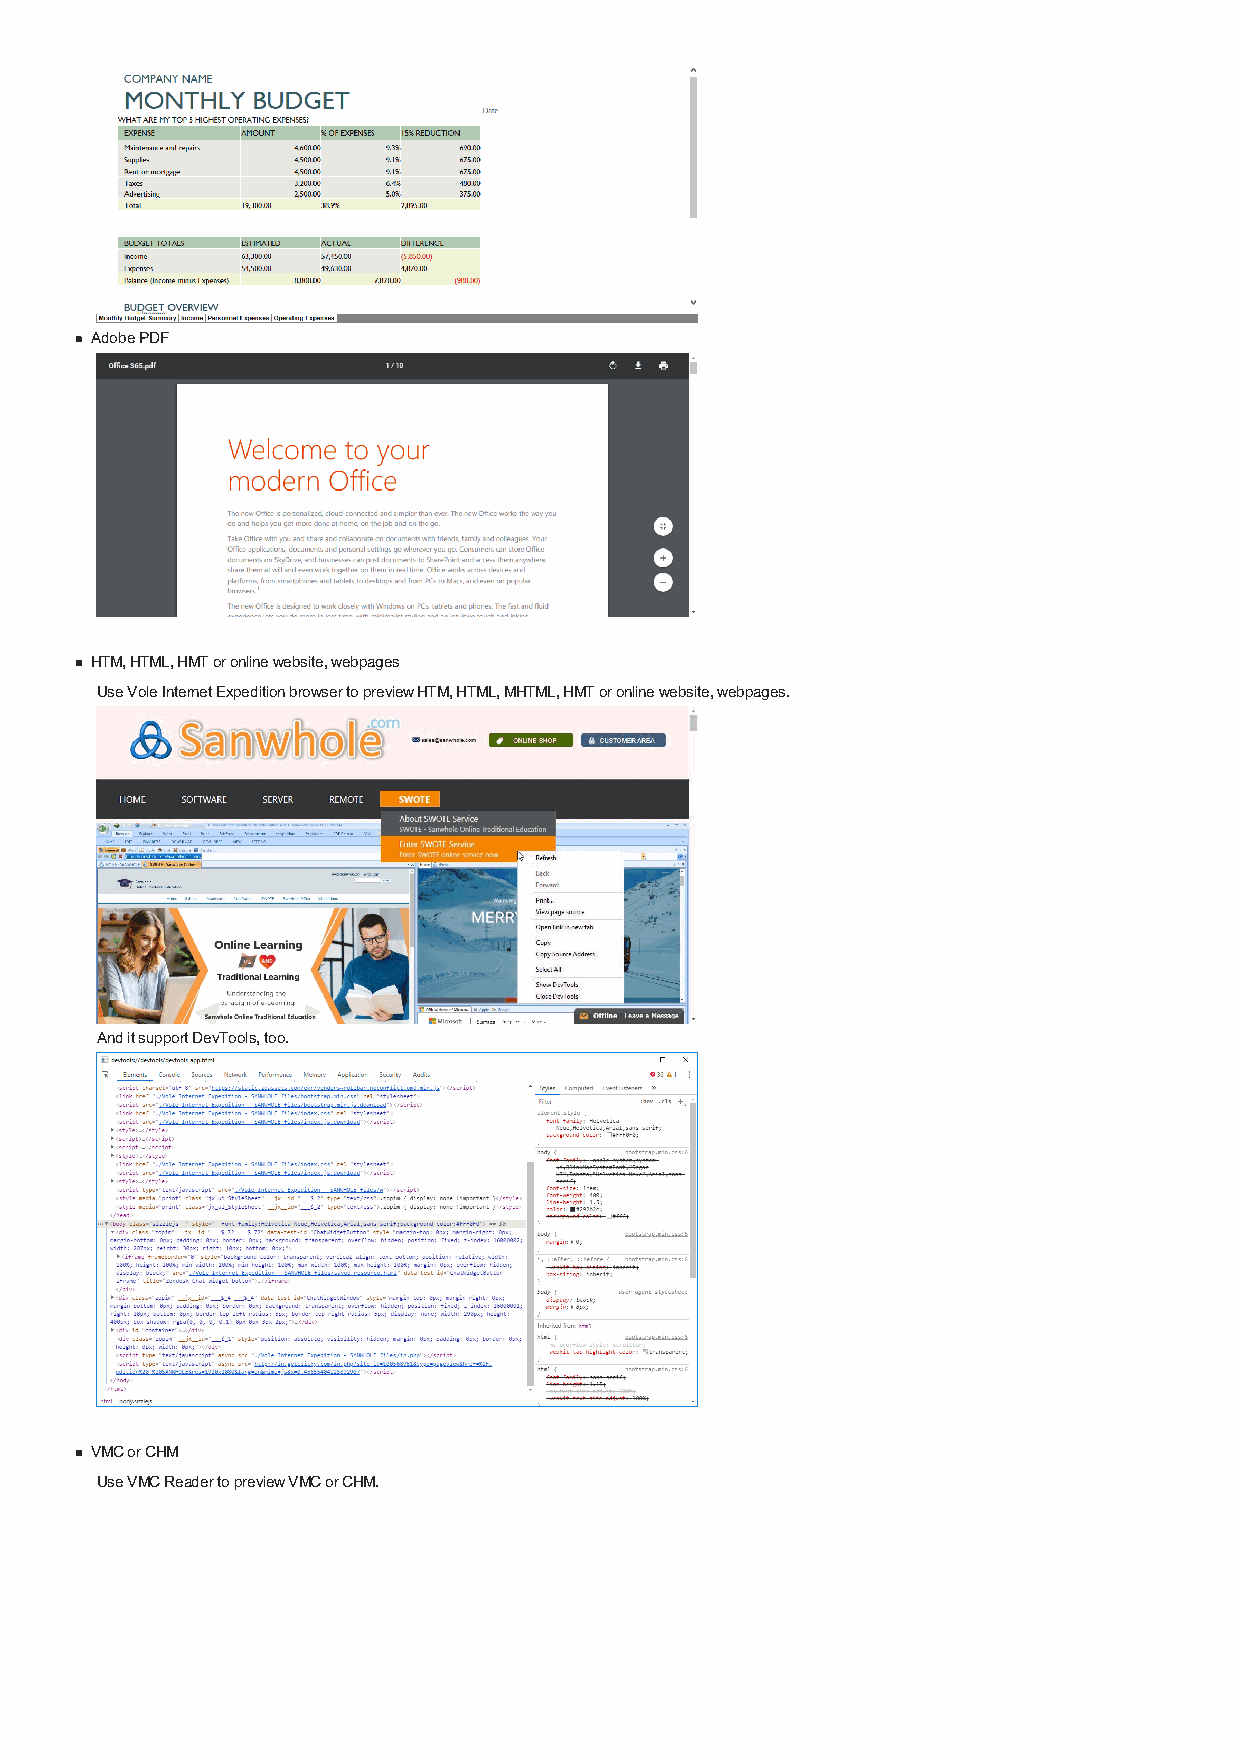
Adobe PDF
 HTM, HTML, HMT or online website, webpages
 Use Vole Internet Expedition browser to preview HTM, HTML, MHTML, HMT or online website, webpages.
 And it support DevTools, too.
 VMC or CHM
 Use VMC Reader to preview VMC or CHM.